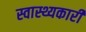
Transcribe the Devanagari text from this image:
स्वास्थ्यकारी